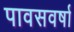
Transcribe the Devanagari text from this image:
पावसवर्षा